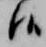
候